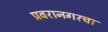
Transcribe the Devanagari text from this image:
प्रवरानगरचा